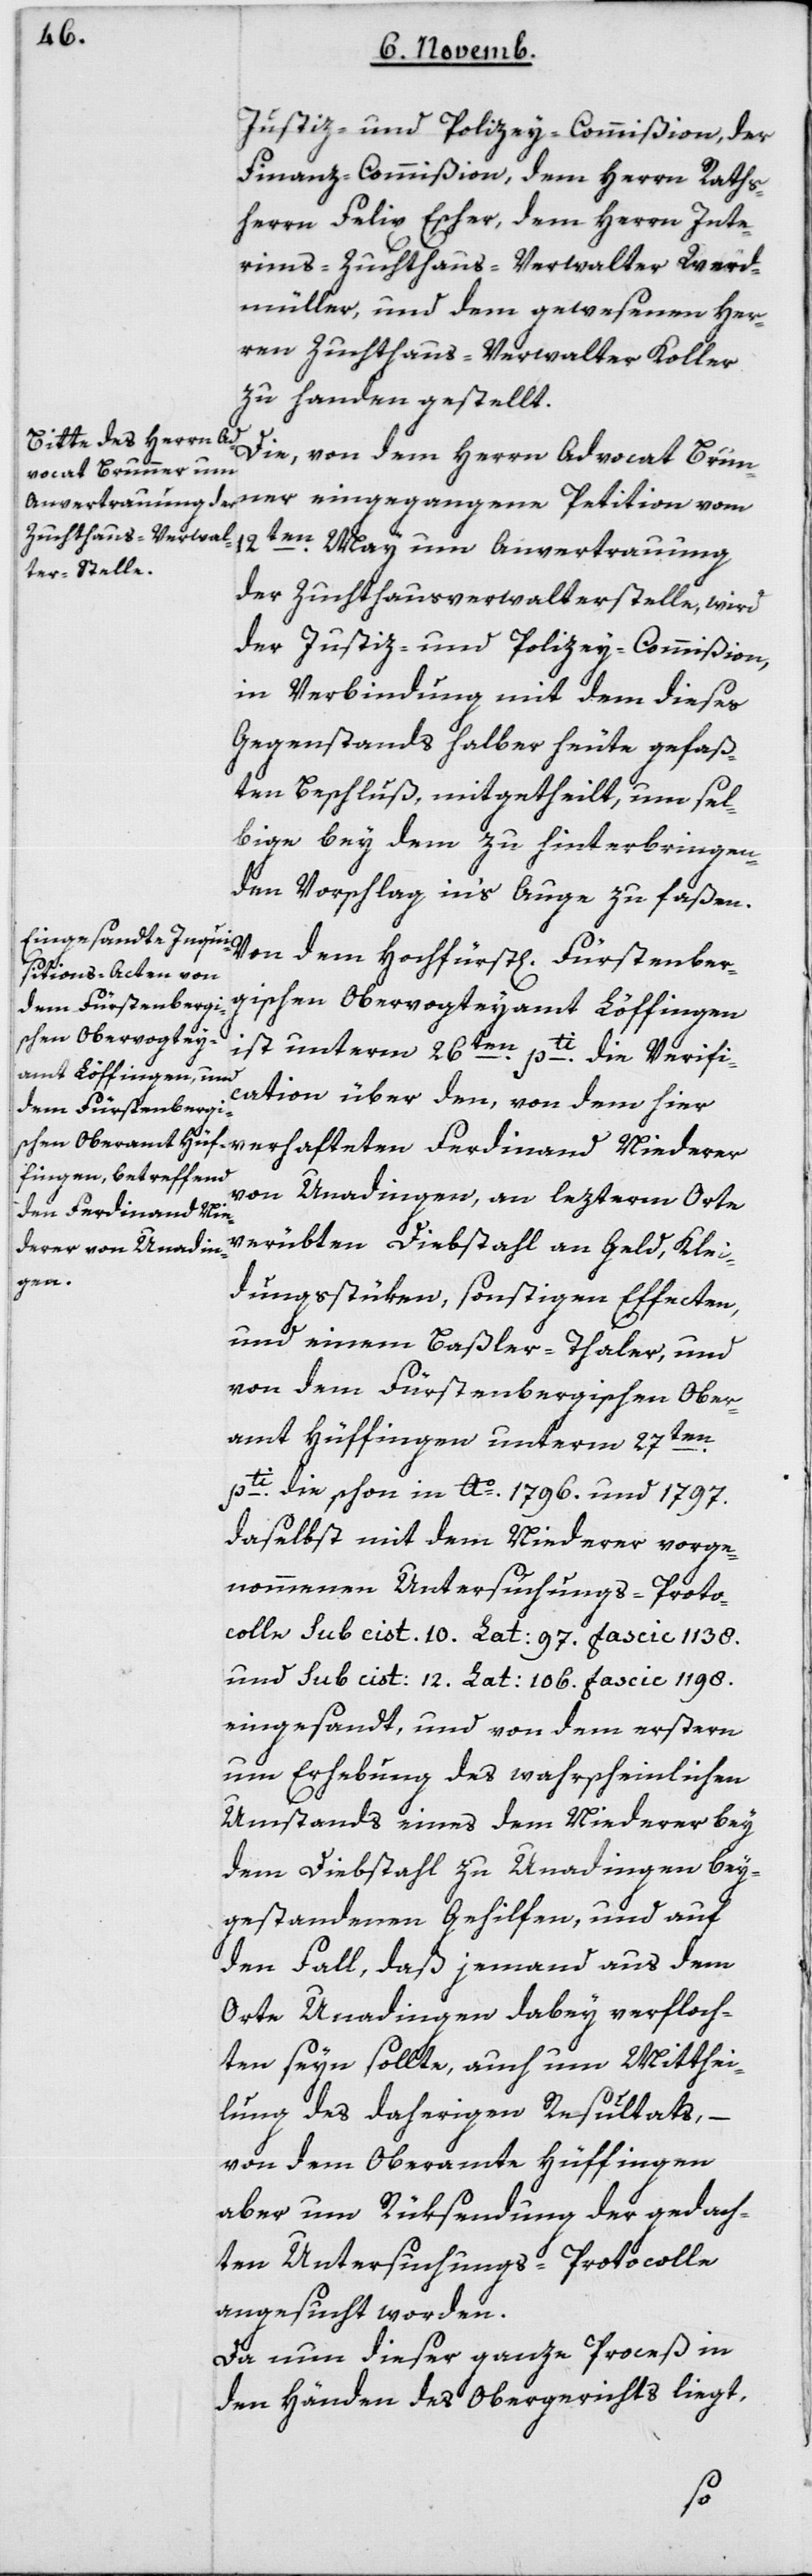
Justiz- und Polizey-Commißion, der
Finanz-Commißion, dem Herrn Raths¬
herrn Felix Escher, dem Herrn Inte¬
rims-Zuchthausverwalter Werd¬
müller, und dem gewesenen Her¬
ren Zuchthausverwalter Koller
zu Handen gestellt.
Die, von dem Herrn Advocat Brun¬
ner eingegangene Petition vom
12ten May um Anvertrauung
der Zuchthausverwalter-Stelle, wird
der Justiz- und Polizey-Commißion,
in Verbindung mit dem dieses
Gegenstands halber heute gefaß¬
ten Beschluß, mitgetheilt, um sel¬
bige bey dem zu hinterbringen¬
den Vorschlag in’s Auge zu faßen.
Von dem Hochfürstl[ichen] Fürstenber¬
gischen Obervogteyamt Löffingen
ist unterm 26ten pti die Verifi¬
cation über den, von dem hier
verhafteten Ferdinand Niederer
von Unadingen, an letzterm Orte
verübten Diebstahl an Geld, Klei¬
dungsstüken, sonstigen Effecten,
und einem Basler-Thaler; und
von dem Fürstenbergischen Ober¬
amt Hüffingen unterm 27ten
pti die schon in Ao. 1796 und 1797
daselbst mit dem Niederer vorge¬
nommenen Untersuchungs-Proto¬
colle sub cist. 10 Lat: 97 fascic 1138
und sub cist: 12 Lat: 106 fascic 1198
eingesandt, und von dem erstern
um Erhebung des wahrscheinlichen
Umstands eines dem Niederer bey
dem Diebstahl zu Unadingen bey¬
gestandenen Gehilfen, und auf
den Fall, daß jemand aus dem
Orte Unadingen dabey verfloch¬
ten sein sollte, auch um Mitthei¬
lung des daherigen Resultats, –
von dem Oberamte Hüffingen
aber um Rüksendung der gedach¬
ten Untersuchungs-Protocolle
angesucht worden.
Da nun dieser ganze Proceß in
den Händen des Obergerichts liegt,